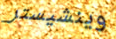
وينشيستر